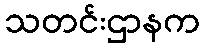
သတင်းဌာနက